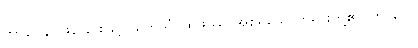
ဘာဝေန၊ ဖြစ်ခြင်းဖြင့်။ တေသံ၊ ထိုဖဿ အစရှိသောတရားတို့၏။ ဘာဝေါ၊